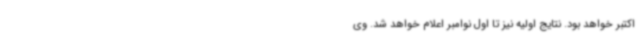
اکتبر خواهد بود. نتایج اولیه نیز تا اول نوامبر اعلام خواهد شد. وی